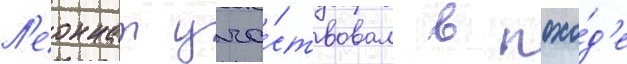
Л'еоннат уча́ствовал в похо́д'е